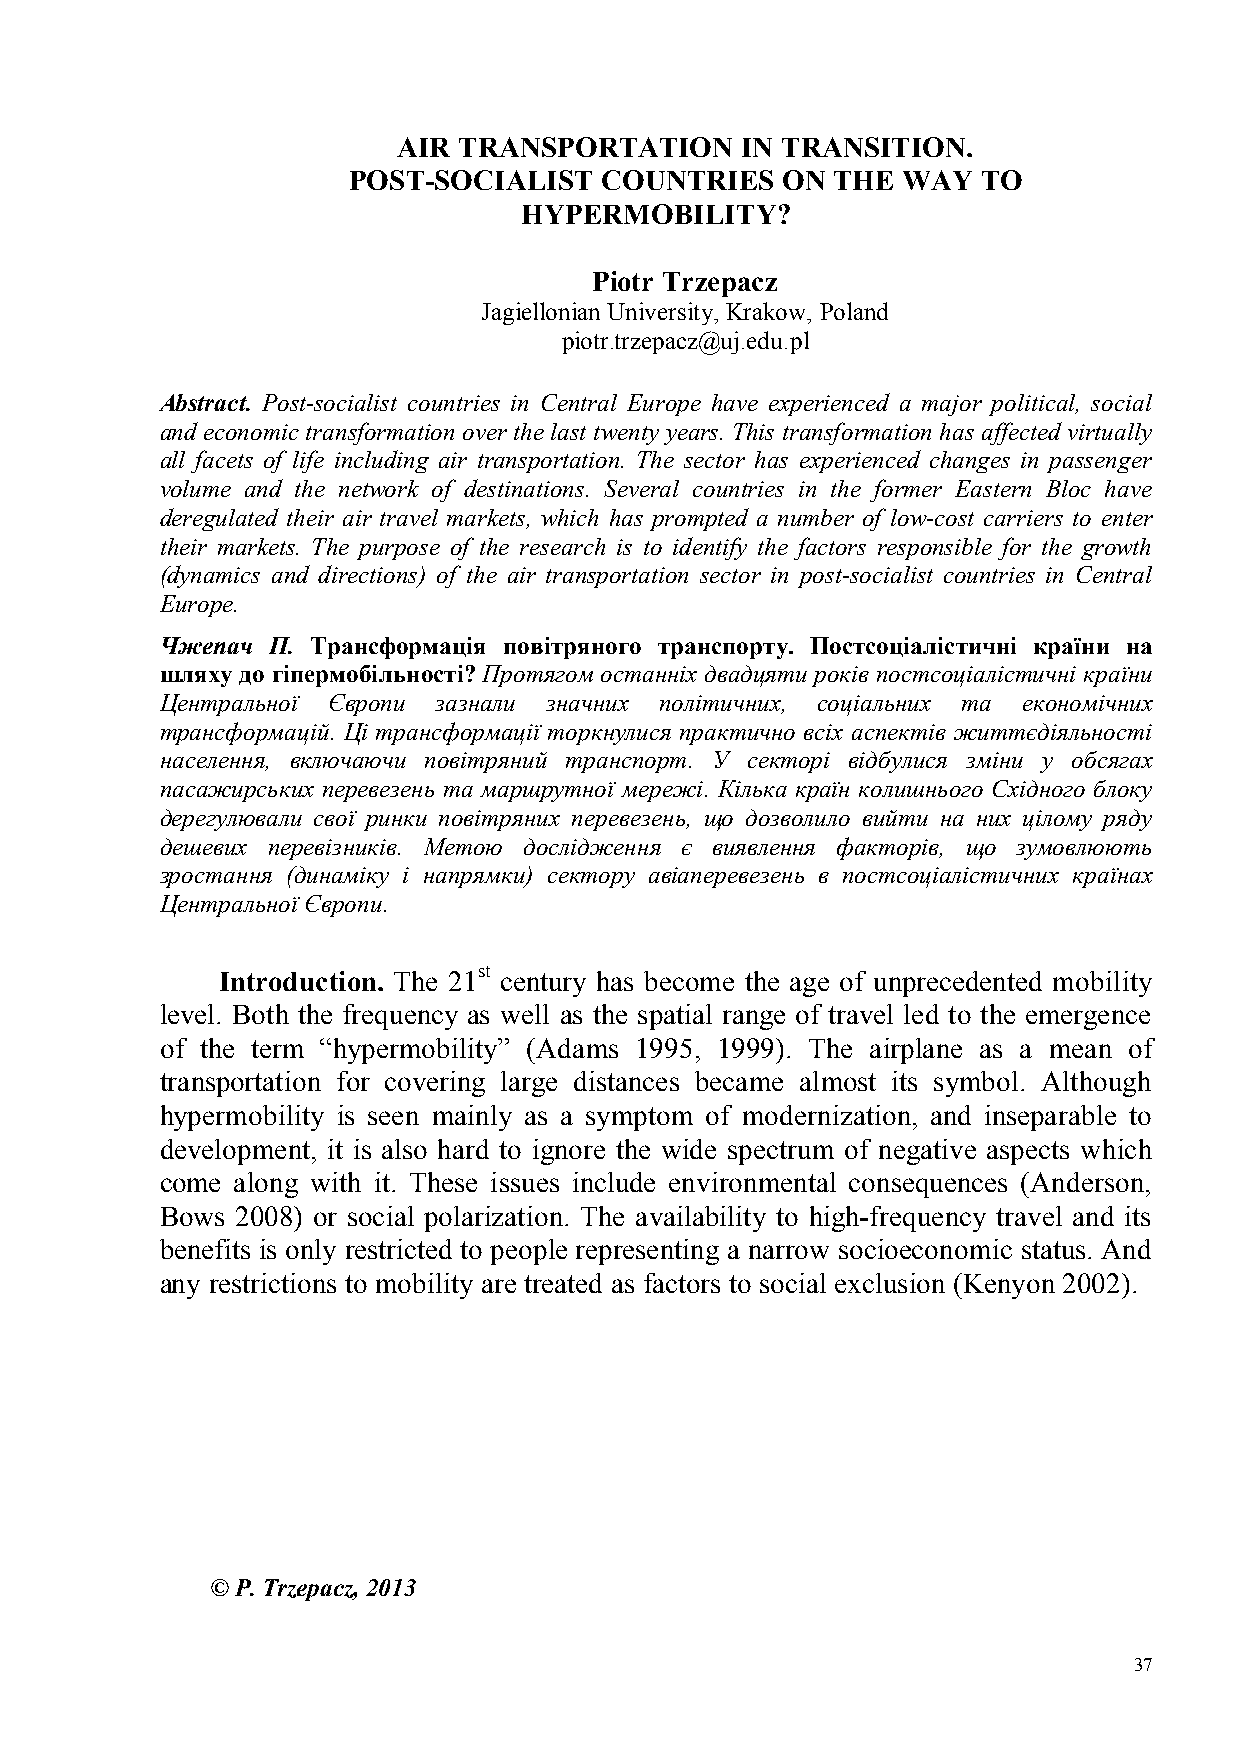
AIR TRANSPORTATION     IN TRANSITION.
 POST-SOCIALIST   COUNTRIES   ON THE  WAY  TO
 HYPERMOBILITY?
 Piotr Trzepacz
 Jagiellonian University, Krakow, Poland
 piotr.trzepacz@uj.edu.pl
 Abstract. Post-socialist countries in Central Europe have experienced a major political, social
 and economic transformation over the last twenty years. This transformation has affected virtually
 all facets of life including air transportation. The sector has experienced changes in passenger
 volume and the network of destinations. Several countries in the former Eastern Bloc have
 deregulated their air travel markets, which has prompted a number of low-cost carriers to enter
 their markets. The purpose of the research is to identify the factors responsible for the growth
 (dynamics and directions) of the air transportation sector in post-socialist countries in Central
 Europe.
 Чжепач П. Трансформація повітряного транспорту. Постсоціалістичні країни на
 шляху до гіпермобільності? Протягом останніх двадцяти років постсоціалістичні країни
 Центральної Європи зазнали значних політичних, соціальних та економічних
 трансформацій. Ці трансформації торкнулися практично всіх аспектів життєдіяльності
 населення, включаючи повітряний транспорт. У секторі відбулися зміни у обсягах
 пасажирських перевезень та маршрутної мережі. Кілька країн колишнього Східного блоку
 дерегулювали свої ринки повітряних перевезень, що дозволило вийти на них цілому ряду
 дешевих перевізників. Метою дослідження є виявлення факторів, що зумовлюють
 зростання (динаміку і напрямки) сектору авіаперевезень в постсоціалістичних країнах
 Центральної Європи.
 Introduction. The 21st century has become the age of unprecedented mobility
 level. Both the frequency as well as the spatial range of travel led to the emergence
 of the term “hypermobility” (Adams 1995, 1999). The airplane as a mean of
 transportation for covering large distances became almost its symbol. Although
 hypermobility is seen mainly as a symptom of modernization, and inseparable to
 development, it is also hard to ignore the wide spectrum of negative aspects which
 come along with it. These issues include environmental consequences (Anderson,
 Bows 2008) or social polarization. The availability to high-frequency travel and its
 benefits is only restricted to people representing a narrow socioeconomic status. And
 any restrictions to mobility are treated as factors to social exclusion (Kenyon 2002).
 © P. Trzepacz, 2013
 37